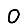
Digit: 0